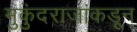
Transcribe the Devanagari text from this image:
मुकुंदराजांकडून